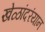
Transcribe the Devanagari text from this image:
खेळांदरंयान